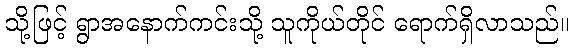
သို့ဖြင့် ရွာအနောက်ကင်းသို့ သူကိုယ်တိုင် ရောက်ရှိလာသည်။